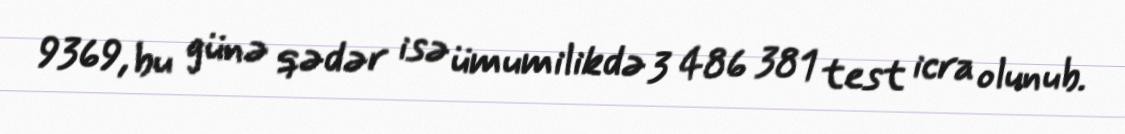
9369, bu günə qədər isə ümumilikdə 3 486 381 test icra olunub.